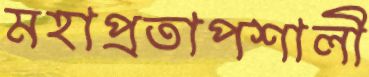
মহাপ্রতাপশালী